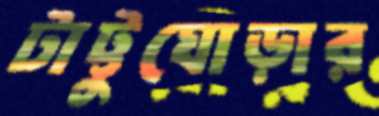
টাট্টুঘোড়ার